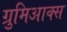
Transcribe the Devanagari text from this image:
ग्रुमिआक्स